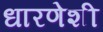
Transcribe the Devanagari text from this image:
धारणेशी